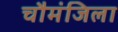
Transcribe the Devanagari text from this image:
चौमंजिला